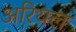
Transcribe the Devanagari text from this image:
अरियल